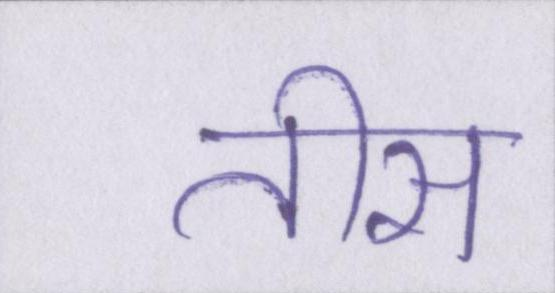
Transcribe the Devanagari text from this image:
तीस